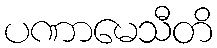
ပဏာမေသီတိ